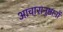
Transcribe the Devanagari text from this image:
आचारानुष्ठानों